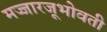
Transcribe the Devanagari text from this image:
मज्जारजूभोवती